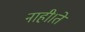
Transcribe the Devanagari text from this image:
नाही।ते